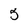
Character: 5